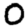
Digit: 0